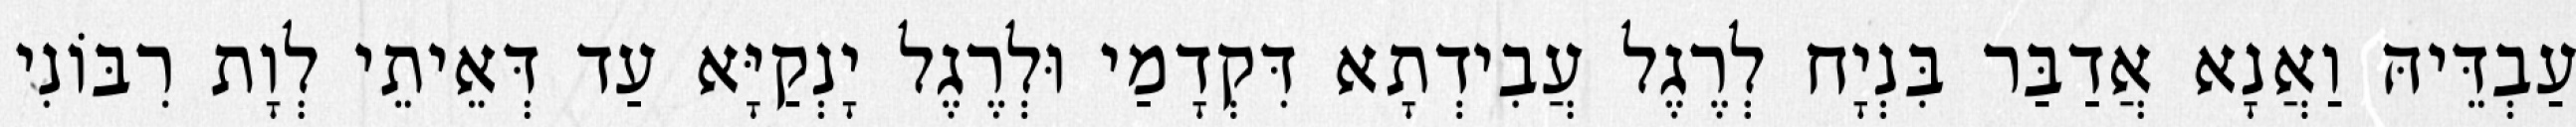
עַבְדֵּיהּ וַאֲנָא אֲדַבַּר בִּנְיָח לְרֶגֶל עֲבִידְתָא דִּקְדָמַי וּלְרֶגֶל יָנְקַיָּא עַד דְּאֵיתֵי לְוָת רִבּוֹנִי